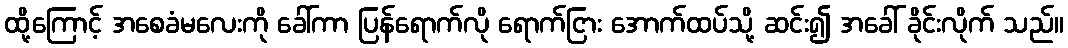
ထို့ကြောင့် အစေခံမလေးကို ခေါ်ကာ ပြန်ရောက်လို ရောက်ငြား အောက်ထပ်သို့ ဆင်း၍ အခေါ် ခိုင်းလိုက် သည်။